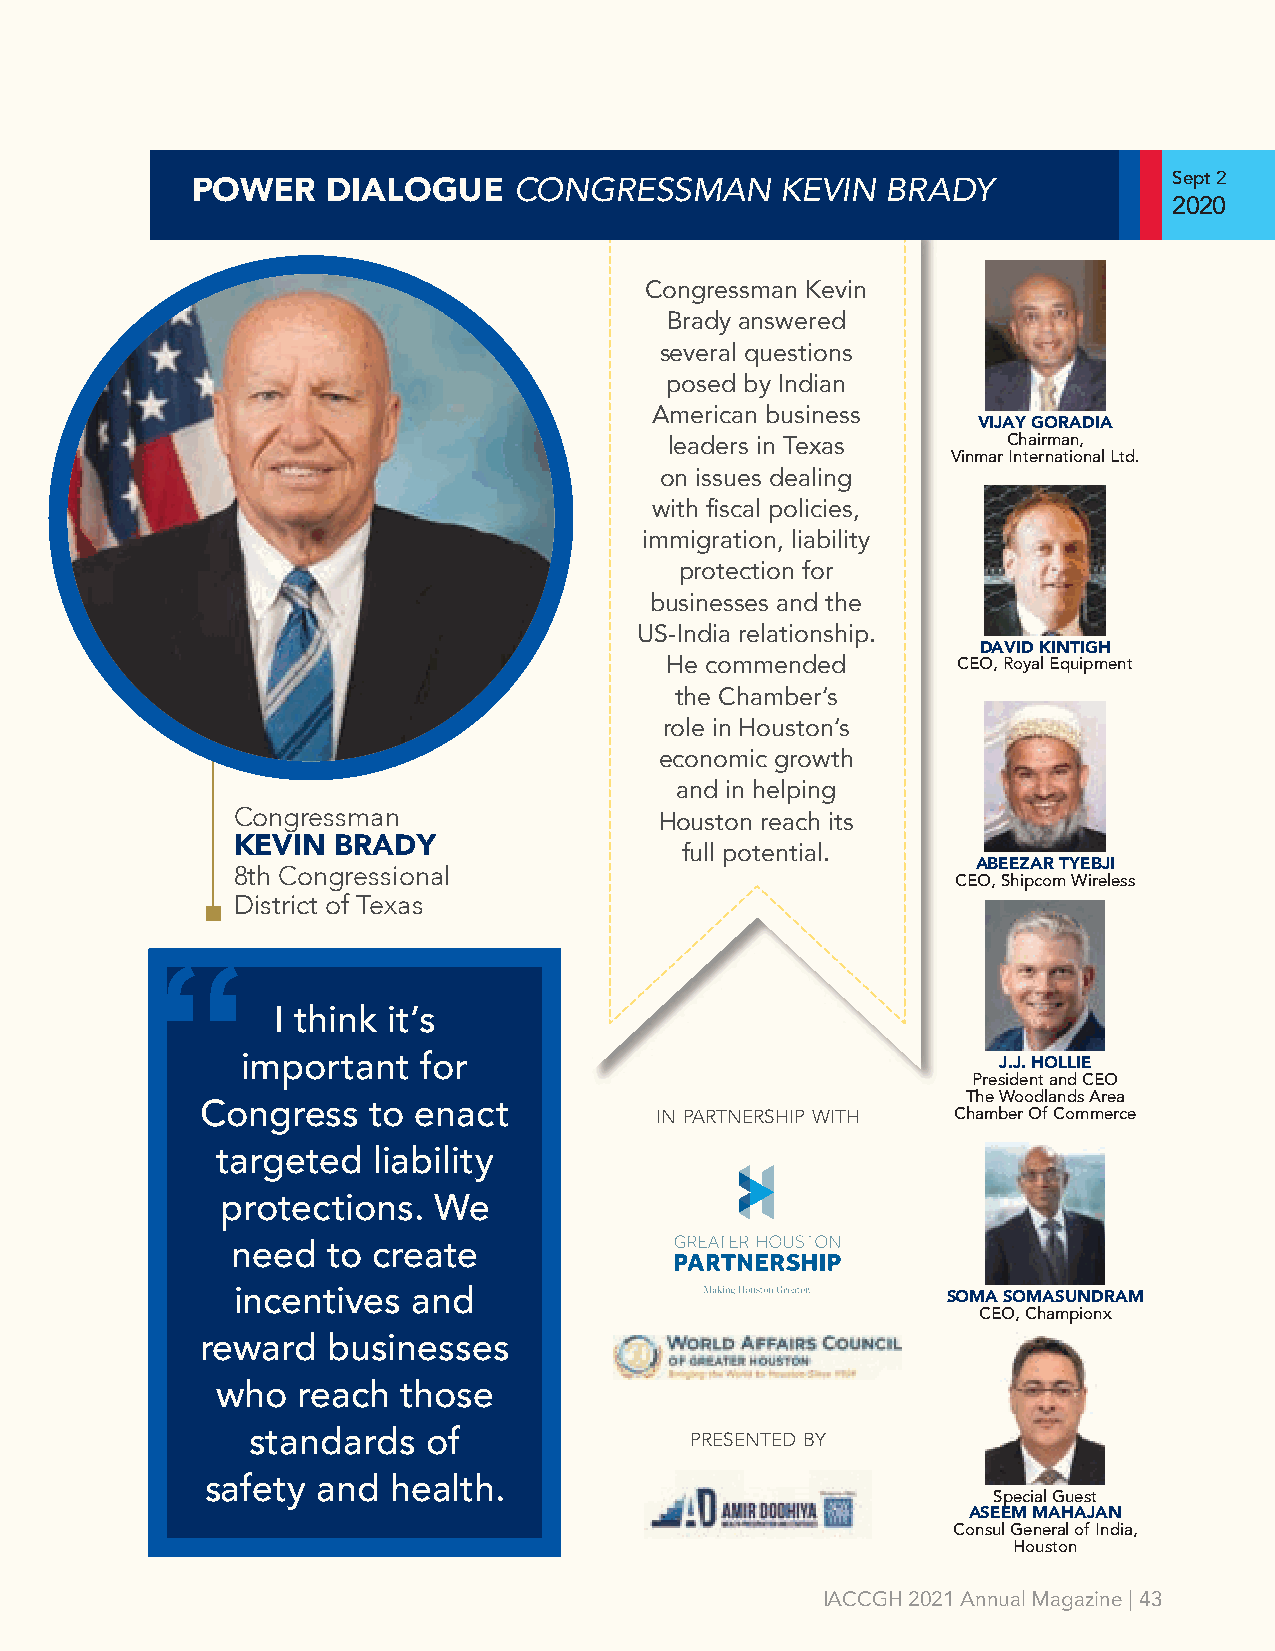
CONGRESSMAN       KEVIN  BRADY              Sept 2
 POWER    DIALOGUE
 2020
 Congressman Kevin
 Brady answered
 several questions
 posed by Indian
 American business
 VIJAY GORADIA
 leaders in Texas       Chairman,
 Vinmar International Ltd.
 on issues dealing
 with fiscal policies,
 immigration, liability
 protection for
 businesses and the
 US-India relationship.
 DAVID KINTIGH
 He commended       CEO, Royal Equipment
 the Chamber’s
 role in Houston’s
 economic growth
 and in helping
 Congressman
 Houston reach its
 KEVIN  BRADY                  full potential.
 8th Congressional                                 ABEEZAR TYEBJI
 CEO, Shipcom Wireless
 District of Texas
 “
 I think it’s
 important   for                                   J.J. HOLLIE
 President and CEO
 The Woodlands Area
 Congress   to enact           in partnership with Chamber Of Commerce
 targeted   liability
 protections.  We
 need   to create
 incentives and                                 SOMA SOMASUNDRAM
 CEO, Championx
 reward   businesses
 who   reach those
 standards   of                presented by
 safety and  health.
 Special Guest
 ASEEM MAHAJAN
 Consul General of India,
 Houston
 IACCGH 2021 Annual Magazine | 43